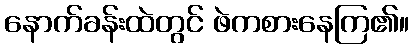
နောက်ခန်းထဲတွင် ဖဲကစားနေကြ၏။